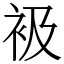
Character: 衱